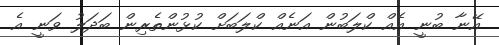
އޭނާ ބުނީ އެއް ކްލަބުން އަނެއް ކްލަބަަށް ކުޅުންތެރިން ބަދަލު ވަނީ އެ